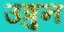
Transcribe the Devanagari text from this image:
उत्रुन